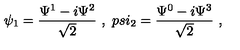
\psi _ { 1 } = \frac { \Psi ^ { 1 } - i \Psi ^ { 2 } } { \sqrt 2 } \ , \ p s i _ { 2 } = \frac { \Psi ^ { 0 } - i \Psi ^ { 3 } } { \sqrt 2 } \ ,